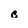
Character: B